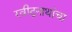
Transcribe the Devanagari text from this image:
रवीद्रनाथांचा